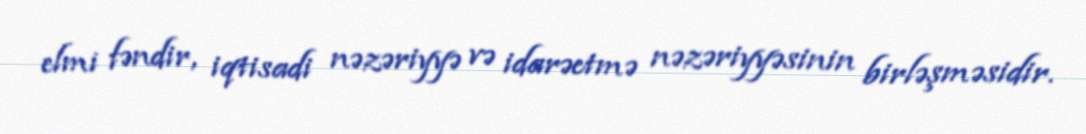
elmi fəndir, iqtisadi nəzəriyyə və idarəetmə nəzəriyyəsinin birləşməsidir.